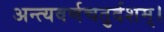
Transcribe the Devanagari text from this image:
अन्त्यवर्णचतुर्दशम्।